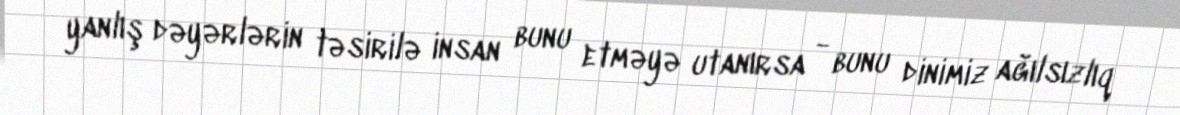
yanlış dəyərlərin təsirilə insan bunu etməyə utanırsa - bunu dinimiz ağılsızlıq